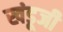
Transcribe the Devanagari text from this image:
खंडूजी